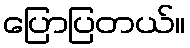
ပြောပြတယ်။